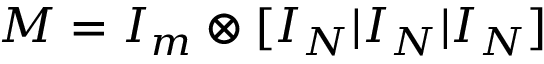
M = I _ { m } \otimes [ I _ { N } | I _ { N } | I _ { N } ]